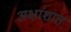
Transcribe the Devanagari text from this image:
अक्षांशात